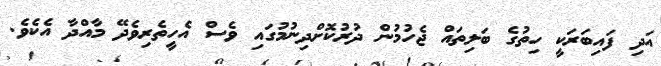
އަދި ފައިބަރަކީ ހިތުގެ ބަލިތައް ޖެހުމުން ދުރުކޮށްދިނުމުގައި ވެސް އެހީތެރިވެދޭ މާއްދާ އެކެވެ.